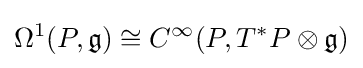
\Omega ^{1}(P,{\mathfrak {g}})\cong C^{\infty }(P,T^{*}P\otimes {\mathfrak {g}})